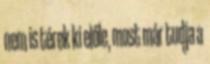
nem is térek ki előle, most már tudja a